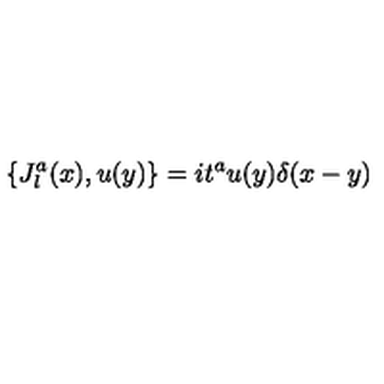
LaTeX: \{ J _ { l } ^ { a } ( x ) , u ( y ) \} = i t ^ { a } u ( y ) \delta ( x - y )